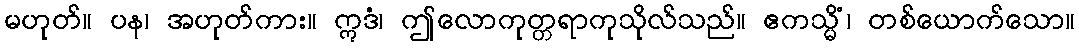
မဟုတ်။ ပန၊ အဟုတ်ကား။ ဣဒံ၊ ဤလောကုတ္တရာကုသိုလ်သည်။ ဧကသ္မိံ၊ တစ်ယောက်သော။